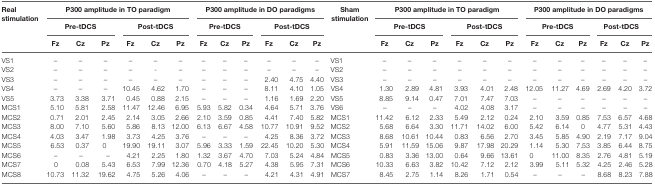
<table><thead><tr><td rowspan="3"><b>Real stimulation</b></td><td colspan="6"><b>P300 amplitude in TO paradigm</b></td><td colspan="6"><b>P300 amplitude in DO paradigms</b></td><td rowspan="3"><b>Sham stimulation</b></td><td colspan="6"><b>P300 amplitude in TO paradigm</b></td><td colspan="6"><b>P300 amplitude in DO paradigms</b></td></tr><tr><td colspan="3"><b>Pre-tDCS</b></td><td colspan="3"><b>Post-tDCS</b></td><td colspan="3"><b>Pre-tDCS</b></td><td colspan="3"><b>Post-tDCS</b></td><td colspan="3"><b>Pre-tDCS</b></td><td colspan="3"><b>Post-tDCS</b></td><td colspan="3"><b>Pre-tDCS</b></td><td colspan="3"><b>Post-tDCS</b></td></tr><tr><td><b>Fz</b></td><td><b>Cz</b></td><td><b>Pz</b></td><td><b>Fz</b></td><td><b>Cz</b></td><td><b>Pz</b></td><td><b>Fz</b></td><td><b>Cz</b></td><td><b>Pz</b></td><td><b>Fz</b></td><td><b>Cz</b></td><td><b>Pz</b></td><td><b>Fz</b></td><td><b>Cz</b></td><td><b>Pz</b></td><td><b>Fz</b></td><td><b>Cz</b></td><td><b>Pz</b></td><td><b>Fz</b></td><td><b>Cz</b></td><td><b>Pz</b></td><td><b>Fz</b></td><td><b>Cz</b></td><td><b>Pz</b></td></tr></thead><tbody><tr><td>VS1</td><td>–</td><td>–</td><td>–</td><td>–</td><td>–</td><td>–</td><td>–</td><td>–</td><td>–</td><td>–</td><td>–</td><td>–</td><td>VS1</td><td>–</td><td>–</td><td>–</td><td>–</td><td>–</td><td>–</td><td>–</td><td>–</td><td>–</td><td>–</td><td>–</td><td>–</td></tr><tr><td>VS2</td><td>–</td><td>–</td><td>–</td><td>–</td><td>-</td><td>–</td><td>–</td><td>–</td><td>–</td><td>–</td><td>–</td><td>–</td><td>VS2</td><td>–</td><td>–</td><td>–</td><td>–</td><td>–</td><td>–</td><td>–</td><td>–</td><td>–</td><td>–</td><td>–</td><td>–</td></tr><tr><td>VS3</td><td>–</td><td>–</td><td>–</td><td>–</td><td>–</td><td>–</td><td>–</td><td>–</td><td>–</td><td>2.40</td><td>4.75</td><td>4.40</td><td>VS3</td><td>–</td><td>–</td><td>–</td><td>–</td><td>–</td><td>–</td><td>–</td><td>–</td><td>–</td><td>–</td><td>–</td><td>–</td></tr><tr><td>VS4</td><td>–</td><td>–</td><td>–</td><td>10.45</td><td>4.62</td><td>1.70</td><td>–</td><td>–</td><td>–</td><td>8.11</td><td>4.10</td><td>1.05</td><td>VS4</td><td>1.30</td><td>2.89</td><td>4.81</td><td>3.93</td><td>4.01</td><td>2.48</td><td>12.05</td><td>11.27</td><td>4.69</td><td>2.69</td><td>4.20</td><td>3.72</td></tr><tr><td>VS5</td><td>3.73</td><td>3.38</td><td>3.71</td><td>0.45</td><td>0.88</td><td>2.15</td><td>–</td><td>–</td><td>–</td><td>1.16</td><td>1.69</td><td>2.20</td><td>VS5</td><td>8.85</td><td>9.14</td><td>0.47</td><td>7.01</td><td>7.47</td><td>7.03</td><td>–</td><td>–</td><td>–</td><td>–</td><td>–</td><td>–</td></tr><tr><td>MCS1</td><td>5.10</td><td>5.81</td><td>2.58</td><td>11.47</td><td>12.46</td><td>6.95</td><td>5.93</td><td>5.82</td><td>0.34</td><td>4.64</td><td>5.71</td><td>3.76</td><td>VS6</td><td>–</td><td>–</td><td>–</td><td>4.02</td><td>4.08</td><td>3.17</td><td>–</td><td>–</td><td>–</td><td>–</td><td>–</td><td>–</td></tr><tr><td>MCS2</td><td>0.71</td><td>2.01</td><td>2.45</td><td>2.14</td><td>3.05</td><td>2.66</td><td>2.10</td><td>3.59</td><td>0.85</td><td>4.41</td><td>7.40</td><td>5.82</td><td>MCS1</td><td>11.42</td><td>6.12</td><td>2.33</td><td>5.49</td><td>2.12</td><td>0.24</td><td>2.10</td><td>3.59</td><td>0.85</td><td>7.53</td><td>6.57</td><td>4.68</td></tr><tr><td>MCS3</td><td>8.00</td><td>7.10</td><td>5.60</td><td>5.86</td><td>8.13</td><td>12.00</td><td>6.13</td><td>6.67</td><td>4.58</td><td>10.77</td><td>10.91</td><td>9.52</td><td>MCS2</td><td>5.68</td><td>6.64</td><td>3.30</td><td>11.71</td><td>14.02</td><td>6.00</td><td>5.42</td><td>6.14</td><td>0</td><td>4.77</td><td>5.31</td><td>4.43</td></tr><tr><td>MCS4</td><td>4.03</td><td>3.47</td><td>1.98</td><td>3.73</td><td>4.25</td><td>3.76</td><td>–</td><td>–</td><td>–</td><td>4.25</td><td>8.36</td><td>3.72</td><td>MCS3</td><td>8.68</td><td>10.61</td><td>10.44</td><td>0.83</td><td>6.56</td><td>2.70</td><td>3.45</td><td>5.85</td><td>4.90</td><td>2.19</td><td>7.17</td><td>9.04</td></tr><tr><td>MCS5</td><td>6.53</td><td>0.37</td><td>0</td><td>19.90</td><td>19.11</td><td>3.07</td><td>5.96</td><td>3.33</td><td>1.59</td><td>22.45</td><td>10.20</td><td>5.30</td><td>MCS4</td><td>5.91</td><td>11.59</td><td>15.06</td><td>9.87</td><td>17.98</td><td>20.29</td><td>1.14</td><td>5.30</td><td>7.53</td><td>3.85</td><td>6.44</td><td>8.75</td></tr><tr><td>MCS6</td><td>–</td><td>–</td><td>–</td><td>4.21</td><td>2.25</td><td>1.80</td><td>1.32</td><td>3.67</td><td>4.70</td><td>7.03</td><td>5.24</td><td>4.84</td><td>MCS5</td><td>0.83</td><td>3.36</td><td>13.00</td><td>0.64</td><td>9.66</td><td>13.61</td><td>0</td><td>11.00</td><td>8.35</td><td>2.76</td><td>4.81</td><td>5.19</td></tr><tr><td>MCS7</td><td>0</td><td>0.08</td><td>5.43</td><td>6.53</td><td>7.99</td><td>12.36</td><td>0.70</td><td>4.18</td><td>5.27</td><td>4.38</td><td>5.95</td><td>7.31</td><td>MCS6</td><td>10.33</td><td>6.63</td><td>3.82</td><td>10.42</td><td>7.12</td><td>2.12</td><td>3.99</td><td>5.11</td><td>5.32</td><td>4.25</td><td>2.46</td><td>5.28</td></tr><tr><td>MCS8</td><td>10.73</td><td>11.32</td><td>19.62</td><td>4.75</td><td>5.26</td><td>4.06</td><td>–</td><td>–</td><td>–</td><td>4.21</td><td>4.31</td><td>4.91</td><td>MCS7</td><td>8.45</td><td>2.75</td><td>1.14</td><td>8.26</td><td>1.71</td><td>0.54</td><td>–</td><td>–</td><td>–</td><td>8.68</td><td>8.23</td><td>7.88</td></tr></tbody></table>